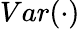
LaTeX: Var(\cdot)